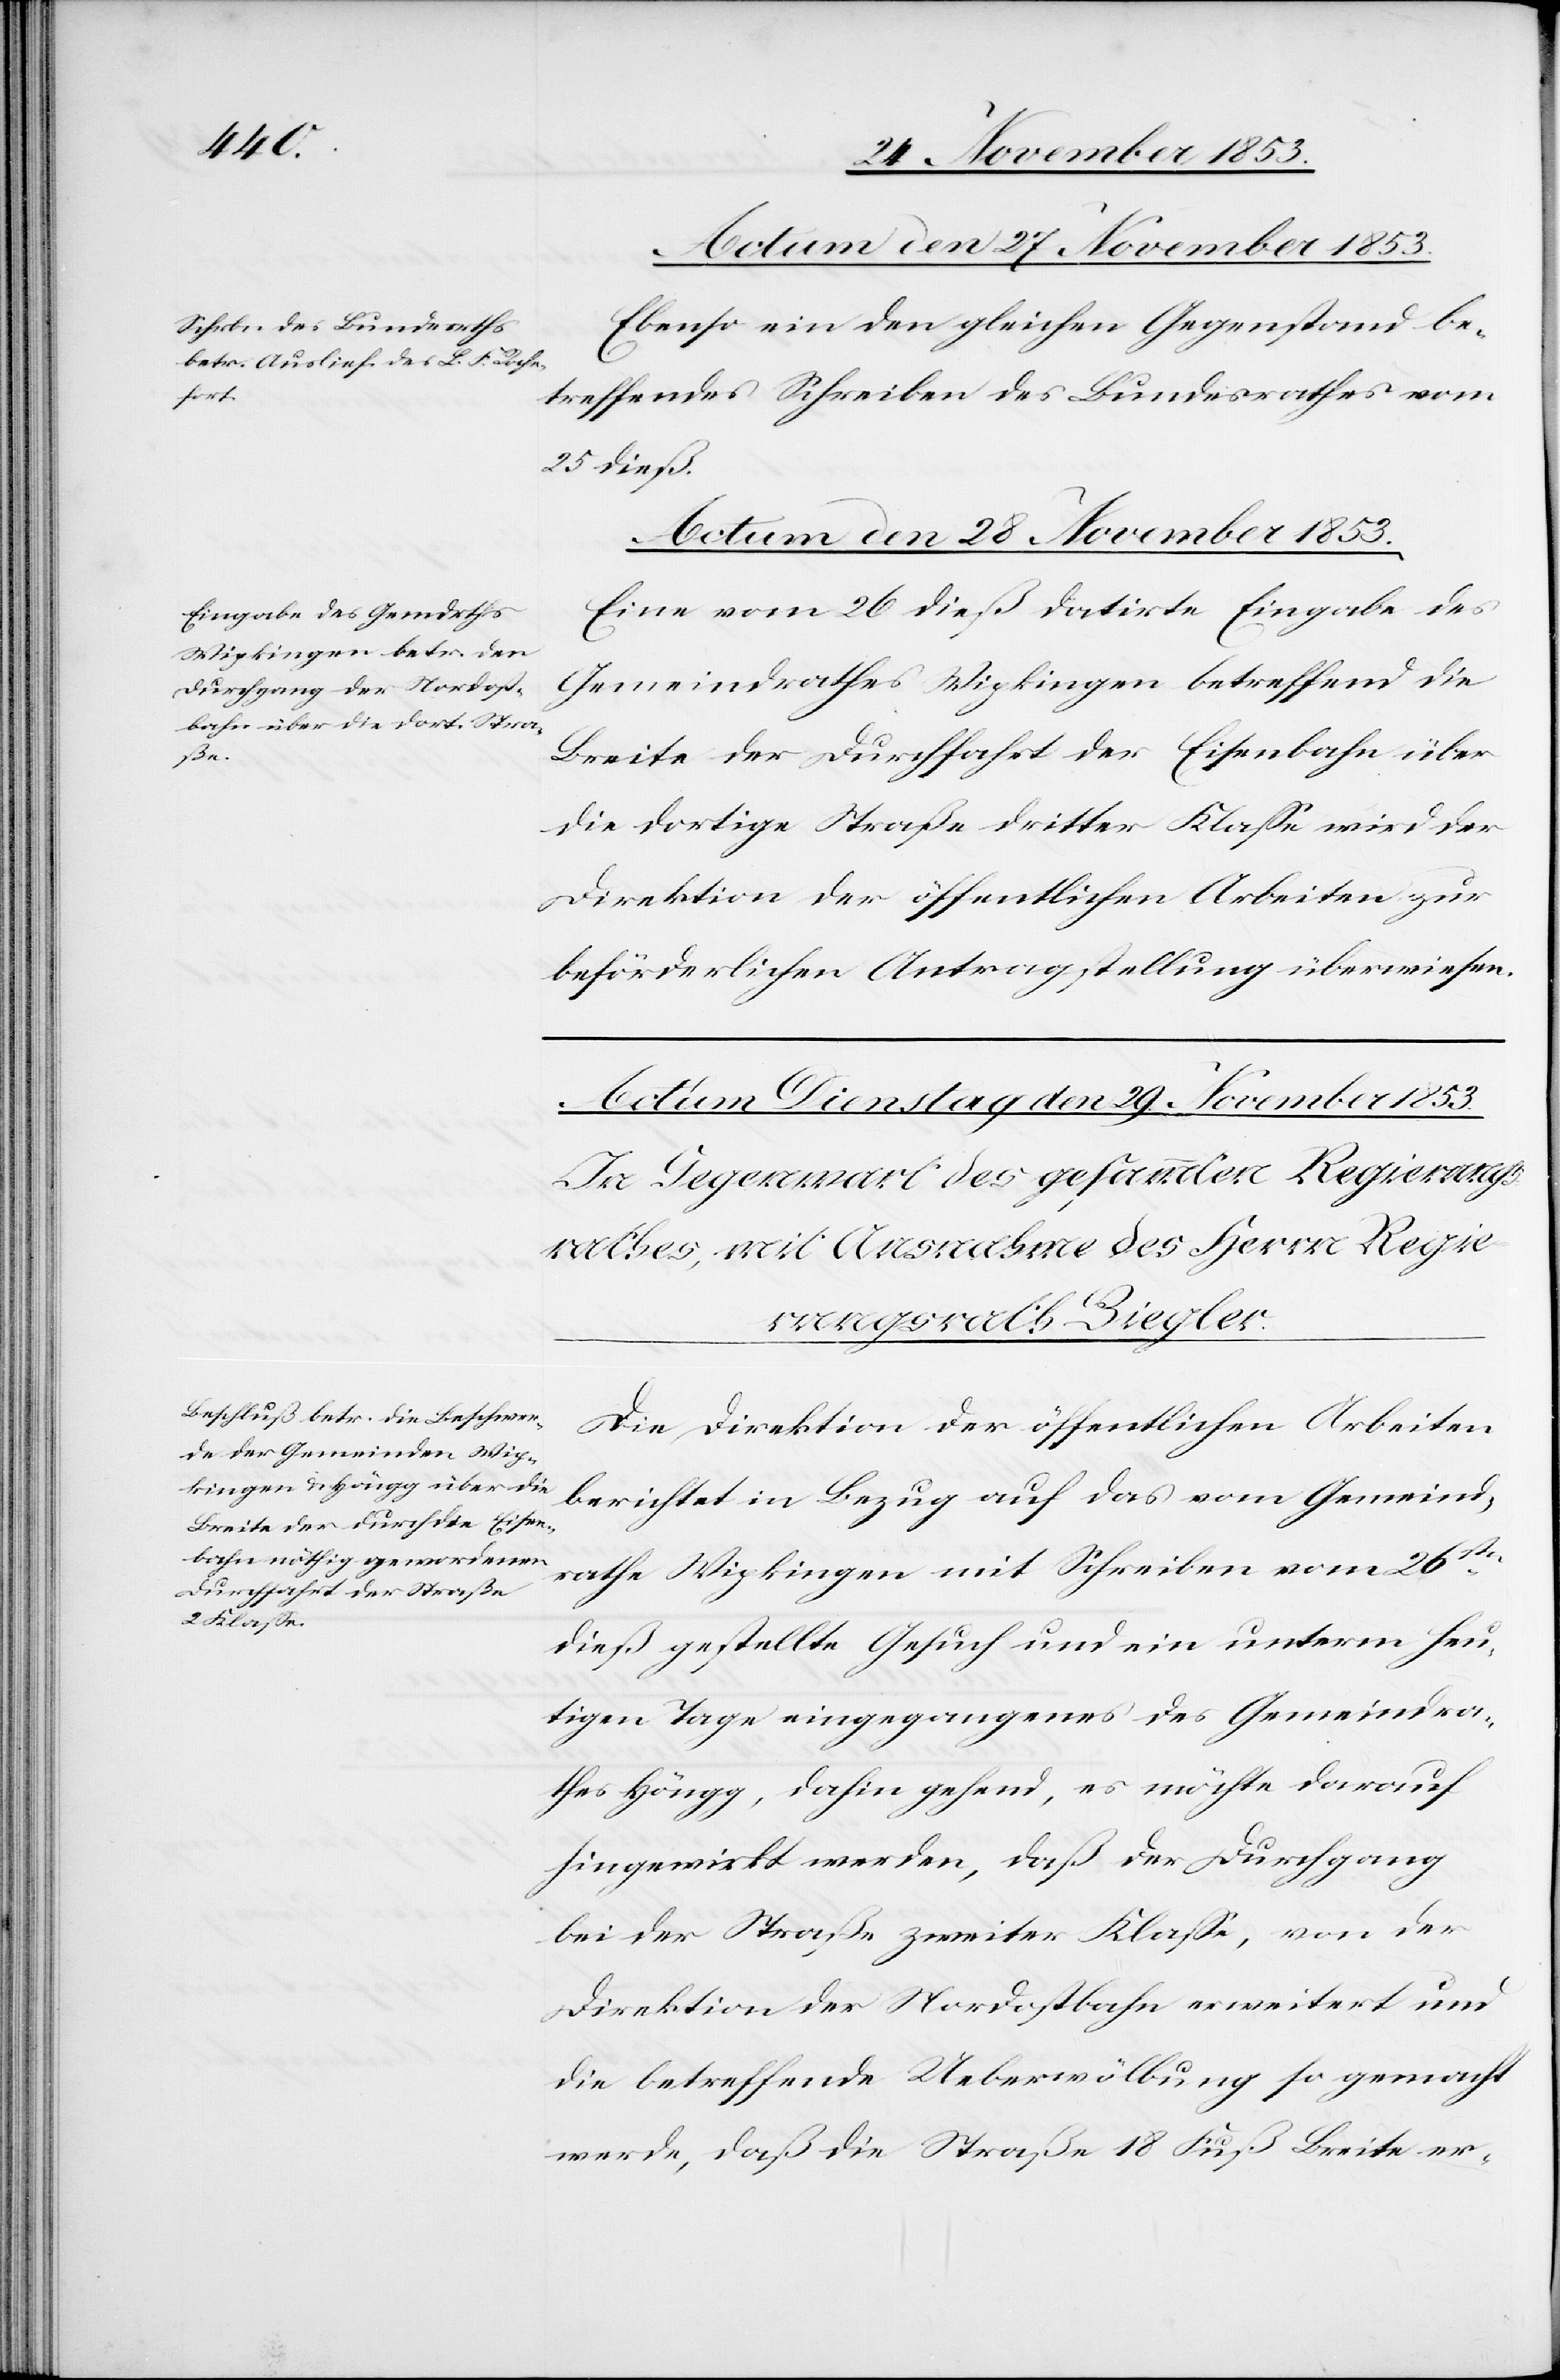
Actum den 28 November 1853.
Ebenso ein den gleichen Gegenstand be¬
treffendes Schreiben des Bundesrathes vom
25 dieß.
Eine vom 26 dieß datirte Eingabe des
Gemeindrathes Wipkingen betreffend die
Breite der Durchfahrt der Eisenbahn über
die dortige Straße dritter Klaße wird der
Direktion der öffentlichen Arbeiten zur
beförderlichen Antragstellung überwiesen.
Die Direktion der öffentlichen Arbeiten
berichtet in Bezug auf das vom Gemeind¬
rathe Wipkingen mit Schreiben vom 26sten
dieß gestellte Gesuch und ein unterm heu¬
tigen Tage eingegangenes des Gemeindra¬
thes Höngg, dahin gehend, es möchte darauf
hingewirkt werden, daß der Durchgang
bei der Straße zweiter Klaße, von der
Direktikon der Nordostbahn erweitert und
die betreffende Ueberwölbung so gemacht
werde, daß die Straße 18 Fuß Breite er-